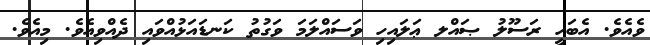
ވެއެވެ. އެބަހީ ރަސޫލު ޞައްލ ޢަލައިހި ވަސައްލަމަ ވަގުތު ކަނޑައަޅުއްވައި ދެއްވިއެވެ. މިއެވެ.